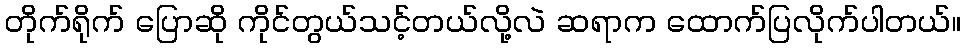
တိုက်ရိုက် ပြောဆို ကိုင်တွယ်သင့်တယ်လို့လဲ ဆရာက ထောက်ပြလိုက်ပါတယ်။